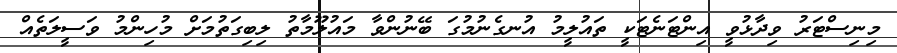
މިނިސްޓަރު ވިދާޅުވީ އިންޓަނެޓަކީ ތައުލީމު އުނގެނުމުގަ ބޭނުންވާ މައުލޫމާތު ލިބިގަތުމަށް މުހިންމު ވަސީލަތެއް